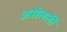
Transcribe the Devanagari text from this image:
असेलली